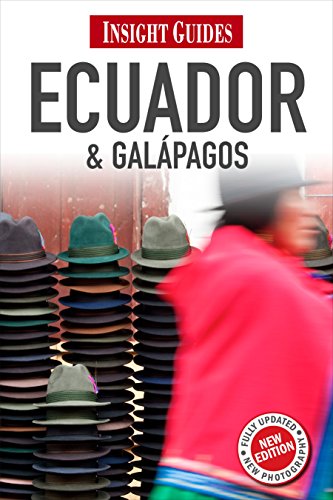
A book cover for Ecuador and Galapagos (Insight Guides); Luke Waterson; Travel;